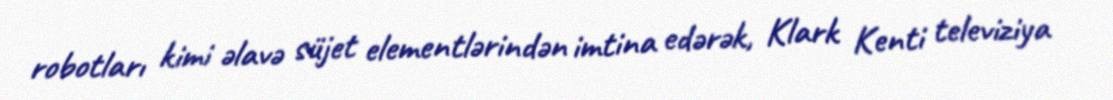
robotları kimi əlavə süjet elementlərindən imtina edərək, Klark Kenti televiziya